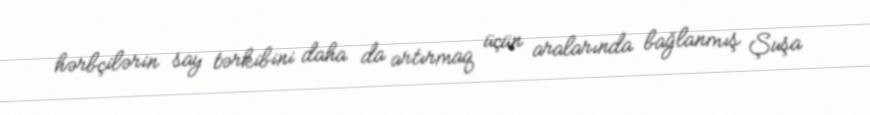
hərbçilərin say tərkibini daha da artırmaq üçün aralarında bağlanmış Şuşa